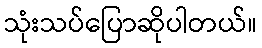
သုံးသပ်ပြောဆိုပါတယ်။